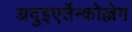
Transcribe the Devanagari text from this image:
ग़्रदुइएर्तेन्कोल्लेग